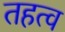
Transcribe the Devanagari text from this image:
तहत्व